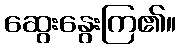
ဆွေးနွေးကြ၏။